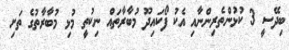
ބިދޭސީ 3 ކުޅުންތެރިންނާއި އެކު ފޯކައިދޫ މުބާރާތައް ނިކުތީ މުޅި މުބާރާތުގެ ތަށި